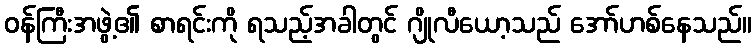
ဝန်ကြီးအဖွဲ့၏ စာရင်းကို ရသည့်အခါတွင် ဂျိုလီယော့သည် အော်ဟစ်နေသည်။